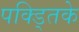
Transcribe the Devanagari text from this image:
पक्ड्तिके